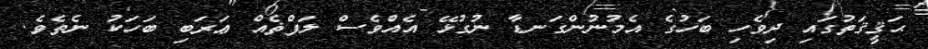
ޙަޤީޤަތުގައި ދިވެހި ބަހުގެ އެމުނުންގަނޑާ ނުގުޅޭ އެއްވެސް ލަފްޡެއް ޢަރަބި ބަހަކު ނެތެވެ.